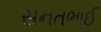
સનતભાઈ